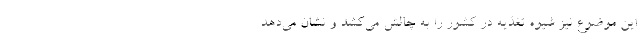
این موضوع نیز شیوه‌ تغذیه در کشور را به چالش می‌کشد و نشان می‌دهد